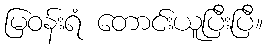
မြဝန်းရံ တောင်းယူပြီးပြီ။